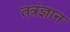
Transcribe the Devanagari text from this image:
तत्रंज्ञान